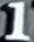
1